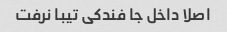
اصلا داخل جا فندکی تیبا نرفت